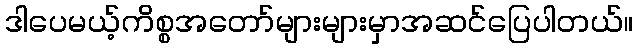
ဒါပေမယ့်ကိစ္စအတော်များများမှာအဆင်ပြေပါတယ်။